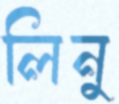
লিনু